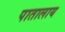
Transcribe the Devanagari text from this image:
पातालाय